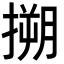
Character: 搠